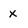
Character: X